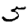
Digit: 5